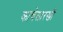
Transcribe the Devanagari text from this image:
काचेसारखी